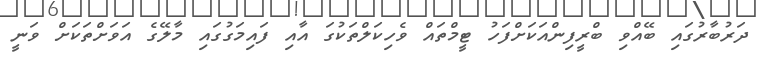
ދަރުބާރުގައި ބޭއްވި ބްރީފިންއަކަށްފަހު ޓީމްތައް ވެހިކަލްތަކުގަ އާއި ފައިމަގުގައި މާލޭގެ އަވަށްތަކަށް ވަނީ